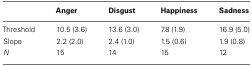
|  | Anger | Disgust | Happiness | Sadness |
 | --- | --- | --- | --- | --- |
 | Threshold | 10.5 (3.6) | 13.6 (3.0) | 7.8 (1.9) | 16.9 (5.0) |
 | Slope | 2.2 (2.0) | 2.4 (1.0) | 1.5 (0.6) | 1.9 (0.8) |
 | N | 15 | 14 | 15 | 12 |